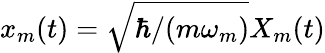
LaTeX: x_{m}(t)=\sqrt{\hbar/(m\omega_{m})}X_{m}(t)